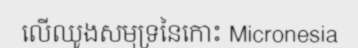
លើឈូងសមុទ្រនៃកោះ Micronesia